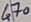
Text: 470